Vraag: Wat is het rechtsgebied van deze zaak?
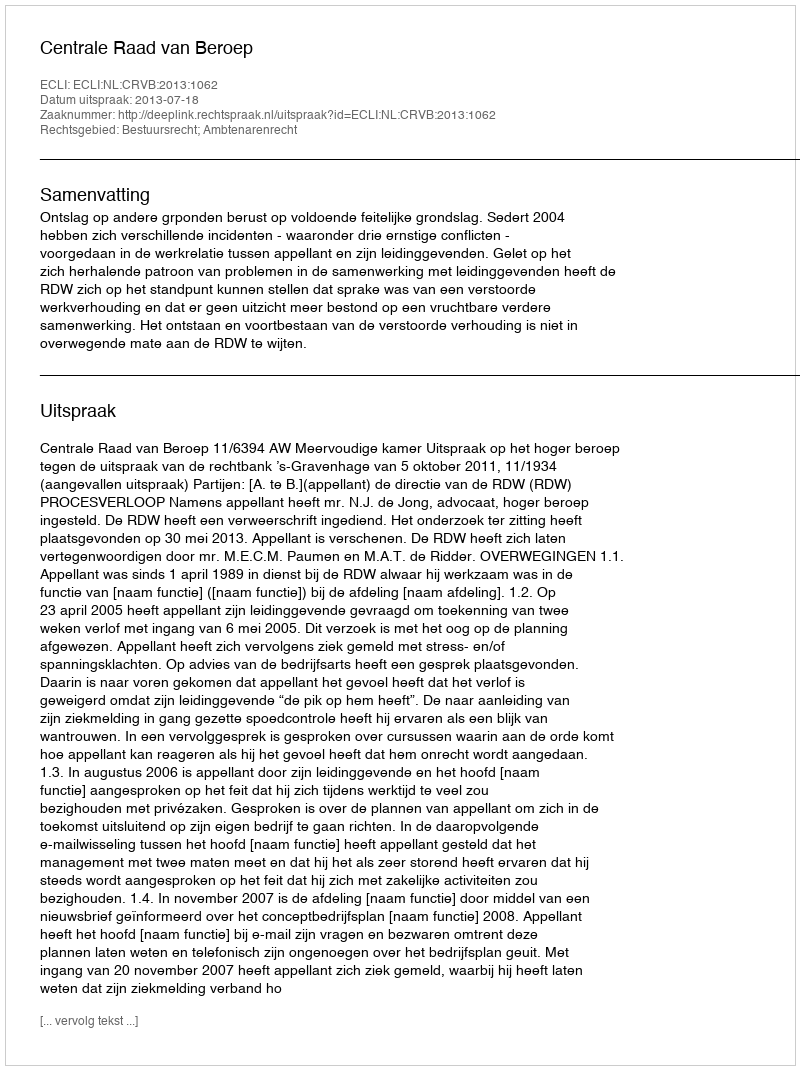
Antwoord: Bestuursrecht; Ambtenarenrecht